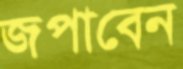
জপাবেন